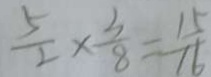
\frac { 5 } { 2 } \times \frac { 3 } { 8 } = \frac { 1 5 } { 1 6 }